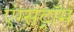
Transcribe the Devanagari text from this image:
एंग्सट्रॉम